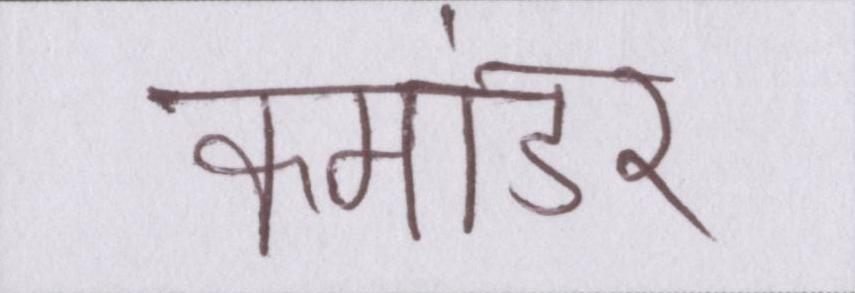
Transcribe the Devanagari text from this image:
कमांडर